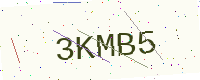
Text: 3KMB5